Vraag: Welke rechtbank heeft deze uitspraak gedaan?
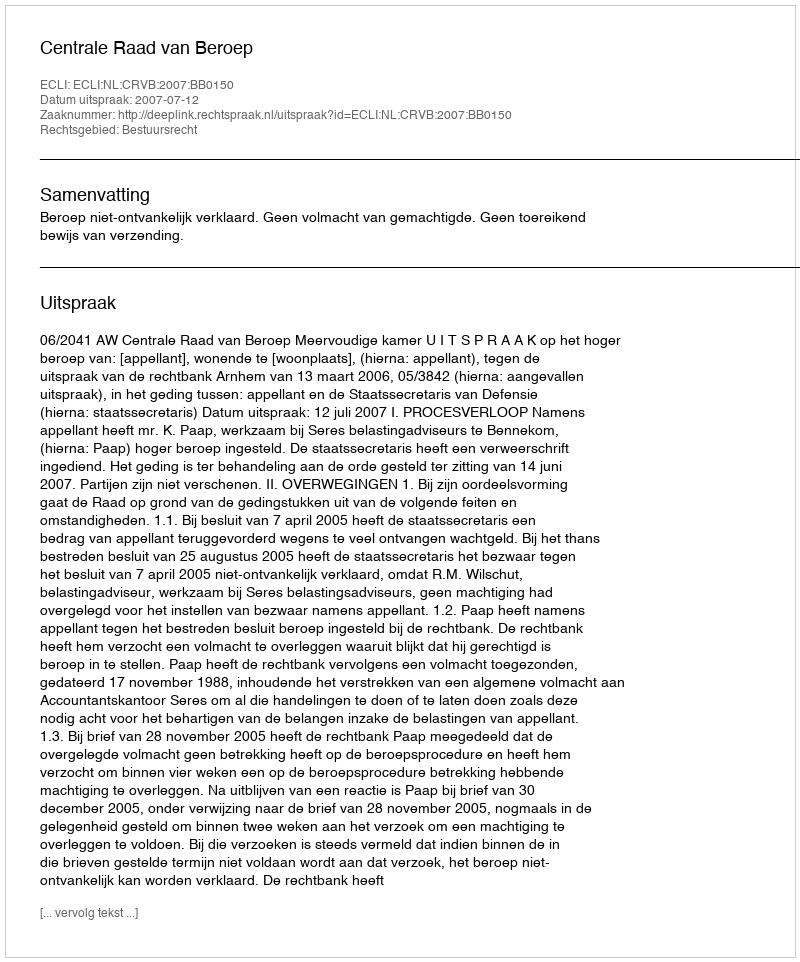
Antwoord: Centrale Raad van Beroep